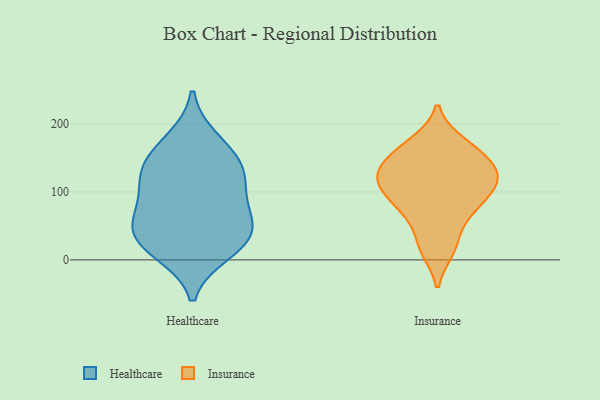
{"axis": {"x": "Active Users", "y": "Value"}, "legend": ["Healthcare", "Insurance"], "data": [{"x": "", "y": 13, "type": "Healthcare"}, {"x": "", "y": 35, "type": "Healthcare"}, {"x": "", "y": 41, "type": "Healthcare"}, {"x": "", "y": 106, "type": "Healthcare"}, {"x": "", "y": 134, "type": "Healthcare"}, {"x": "", "y": 150, "type": "Healthcare"}, {"x": "", "y": 125, "type": "Healthcare"}, {"x": "", "y": 25, "type": "Healthcare"}, {"x": "", "y": 76, "type": "Healthcare"}, {"x": "", "y": 61, "type": "Healthcare"}, {"x": "", "y": 175, "type": "Healthcare"}, {"x": "", "y": 88, "type": "Insurance"}, {"x": "", "y": 124, "type": "Insurance"}, {"x": "", "y": 112, "type": "Insurance"}, {"x": "", "y": 156, "type": "Insurance"}, {"x": "", "y": 75, "type": "Insurance"}, {"x": "", "y": 122, "type": "Insurance"}, {"x": "", "y": 22, "type": "Insurance"}, {"x": "", "y": 16, "type": "Insurance"}, {"x": "", "y": 93, "type": "Insurance"}, {"x": "", "y": 166, "type": "Insurance"}, {"x": "", "y": 171, "type": "Insurance"}, {"x": "", "y": 63, "type": "Insurance"}, {"x": "", "y": 143, "type": "Insurance"}, {"x": "", "y": 117, "type": "Insurance"}, {"x": "", "y": 129, "type": "Insurance"}]}